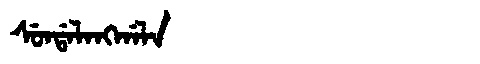
Manchu: ᠰᡠᠨᡩᠠᠯᠠᠩᡤᠠᠯᠠ
Romanization: SUNDALANGGALA